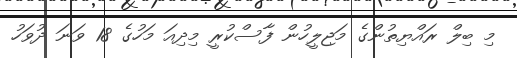
މި ބިލް ރައްޔިތުންގެ މަޖިލީހުން ފާސްކުރީ މިދިއަ މަހުގެ 18 ވަނަ ދުވަހު